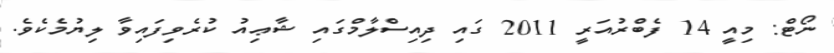
ނޯޓް: މިއީ 14 ފެބްރުއަރީ 2011 ގައި ދިއިސްލާމްގައި ޝާޢިއު ކުރެވިފައިވާ ލިޔުމެކެވެ.